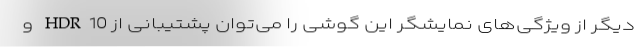
دیگر از ویژگی‌های نمایشگر این گوشی را می‌توان پشتیبانی از HDR10 و